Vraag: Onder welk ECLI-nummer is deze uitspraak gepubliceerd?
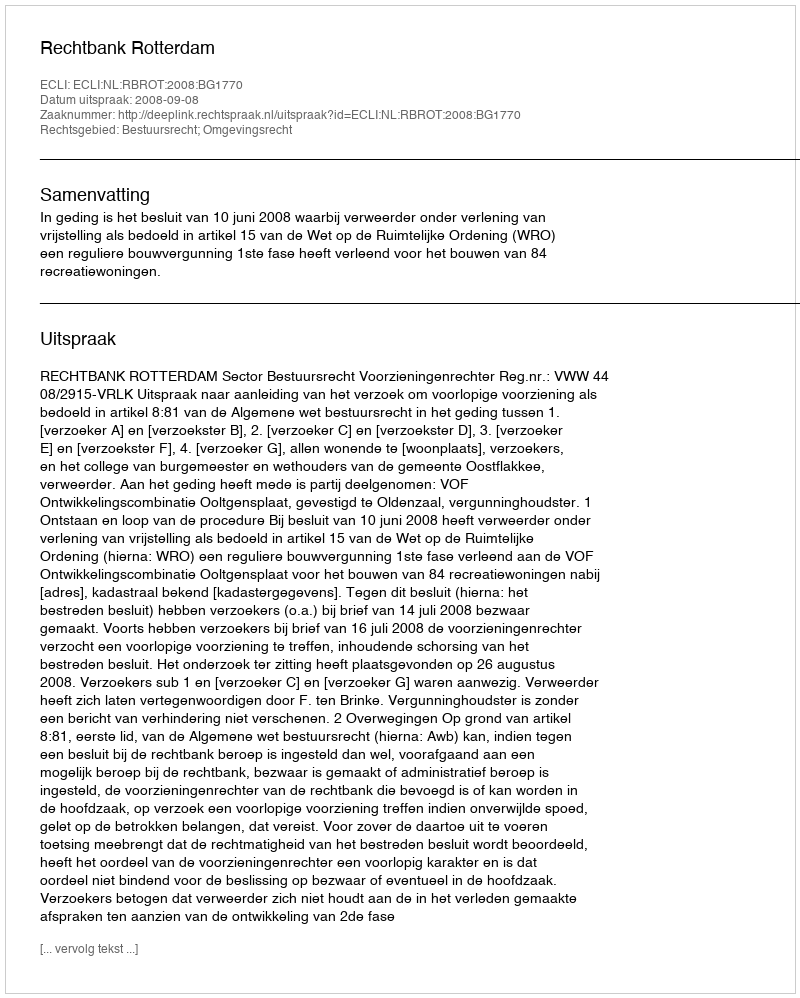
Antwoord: ECLI:NL:RBROT:2008:BG1770